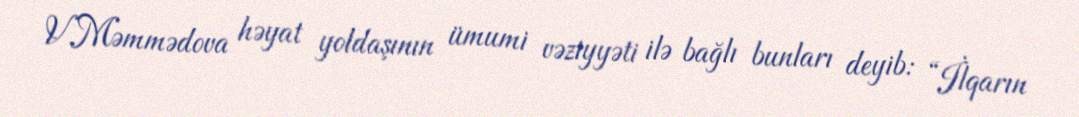
V.Məmmədova həyat yoldaşının ümumi vəziyyəti ilə bağlı bunları deyib: “İlqarın